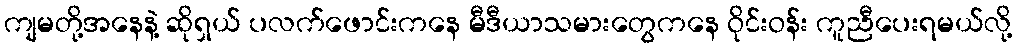
ကျမတို့အနေနဲ့ ဆိုရှယ် ပလက်ဖောင်းကနေ မီဒီယာသမားတွေကနေ ဝိုင်းဝန်း ကူညီပေးရမယ်လို့